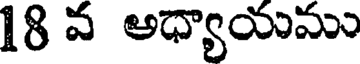
18 వ అధ్యాయము